Lunatic asylums in Bengal annual reports 1888-1898 - 1888-1898
Year: 1888
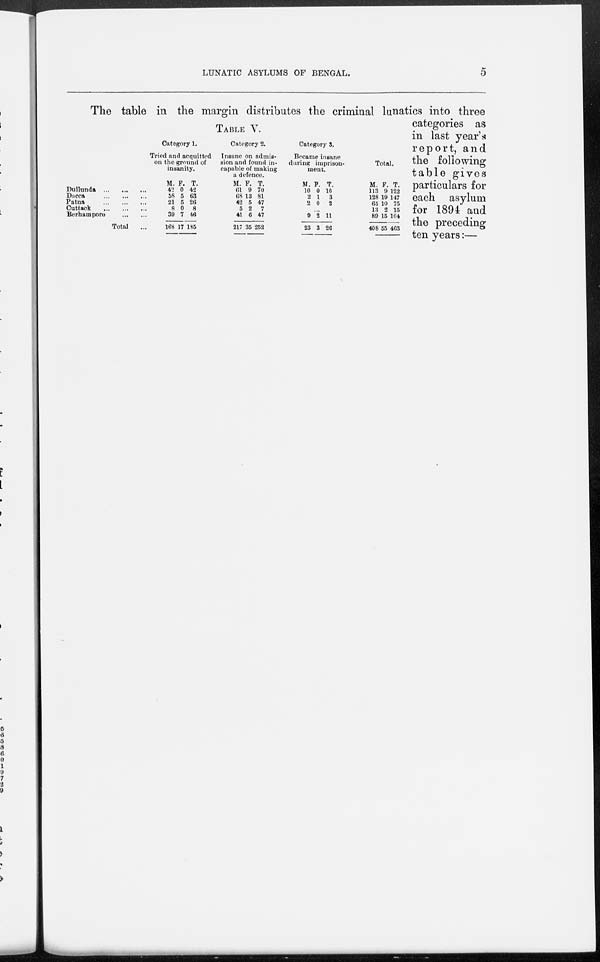
LUNATIC ASYLUMS OF BENGAL.
5
TABLE V.
Dullunda
...
...
...
Dacca
...
...
...
Patna
...
...
...
Cuttack
...
...
...
Berhampore
...
...
Total ...
Category 1.
Tried and acquitted
on the ground of
insanity.
M.
42
58
21
8
39
168
F.
0
5
5
0
7
17
T.
42
63
26
8
46
195
Category 2.
Insane on admis-
sion and found in-
capable of making
a defence.
M.
61
68
42
5
41
247
F.
9
13
5
2
6
35
T.
70
81
47
7
47
252
Category 3.
Became insane
during imprison-
ment.
M.
10
2
2
F.
0
1
0
T.
10
3
2
...
9
23
2
3
11
26
Total.
M.
113
128
65
13
89
408
F.
9
19
10
2
15
55
T.
122
147
75
15
104
463
The table in the margin distributes the criminal lunatics into three
categories as
in last year's
report, and
the following
table gives
particulars for
each asylum
for 1894 and
the preceding
ten years:—